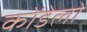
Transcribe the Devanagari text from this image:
कोंडेलो